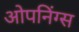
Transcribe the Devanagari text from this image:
ओपनिंग्स